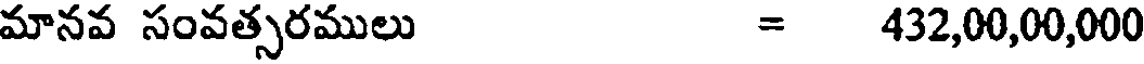
మానవ సంవత్సరములు = 432,00,00,000